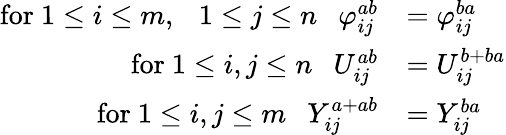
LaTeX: \begin{array}{rl}{\mathrm{for~}1\leq i\leq m,~~~1\leq j\leq n~~~\varphi_{ij}^{ab}}&{=\varphi_{ij}^{ba}}\\ {\mathrm{for~}1\leq i,j\leq n~~~U_{ij}^{ab}}&{=U_{ij}^{b+ba}}\\ {\mathrm{for~}1\leq i,j\leq m~~~Y_{ij}^{a+ab}}&{=Y_{ij}^{ba}}\end{array}